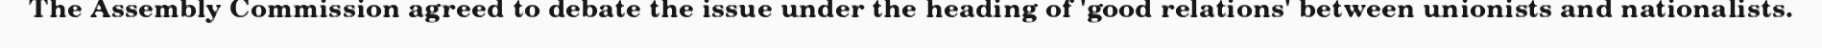
The Assembly Commission agreed to debate the issue under the heading of 'good relations' between unionists and nationalists.